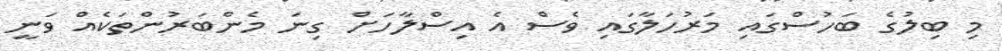
މި ބިލުގެ ބަހުސްގައި މަރުހަލާގައި ވެސް އެ އިސްލާހަށް ގިނަ މެންބަރުންތަކެއް ވަނީ